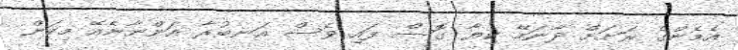
އެމެންގެ ރަށަށް ދާނަމޭ ކިޔާ ގޮސް ފައި ވެސް އަނބުރާ އަންނާނެއޭ މިކަން